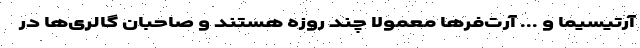
آرتیسیما و ... آرت‌فرها معمولاً چند روزه هستند و صاحبان گالری‌ها در